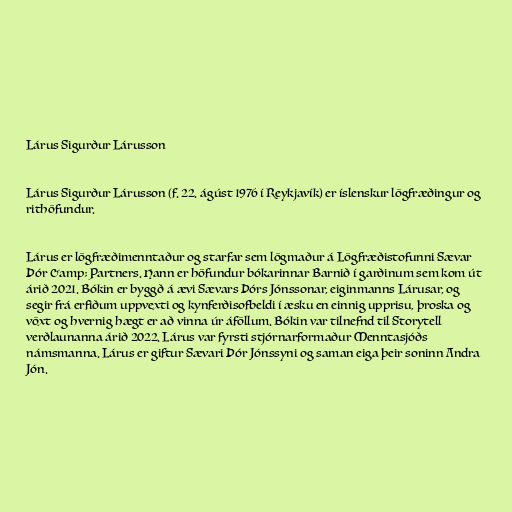
Lárus Sigurður Lárusson

Lárus Sigurður Lárusson (f. 22. ágúst 1976 í Reykjavík) er íslenskur lögfræðingur og
rithöfundur.

Lárus er lögfræðimenntaður og starfar sem lögmaður á Lögfræðistofunni Sævar
Þór &amp; Partners. Hann er höfundur bókarinnar Barnið í garðinum sem kom út
árið 2021. Bókin er byggð á ævi Sævars Þórs Jónssonar, eiginmanns Lárusar, og
segir frá erfiðum uppvexti og kynferðisofbeldi í æsku en einnig upprisu, þroska og
vöxt og hvernig hægt er að vinna úr áföllum. Bókin var tilnefnd til Storytell
verðlaunanna árið 2022. Lárus var fyrsti stjórnarformaður Menntasjóðs
námsmanna. Lárus er giftur Sævari Þór Jónssyni og saman eiga þeir soninn Andra
Jón.